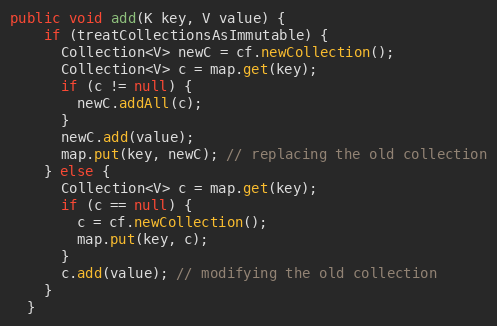
Language: Java
public void add(K key, V value) {
    if (treatCollectionsAsImmutable) {
      Collection<V> newC = cf.newCollection();
      Collection<V> c = map.get(key);
      if (c != null) {
        newC.addAll(c);
      }
      newC.add(value);
      map.put(key, newC); // replacing the old collection
    } else {
      Collection<V> c = map.get(key);
      if (c == null) {
        c = cf.newCollection();
        map.put(key, c);
      }
      c.add(value); // modifying the old collection
    }
  }